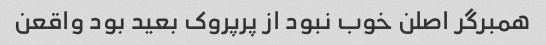
همبرگر اصلن خوب نبود از پرپروک بعید بود واقعن